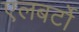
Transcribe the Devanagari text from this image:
एलबर्टो